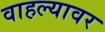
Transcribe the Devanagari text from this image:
वाहल्यावर